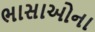
ભાસાઓના